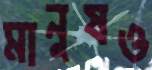
মানুষও